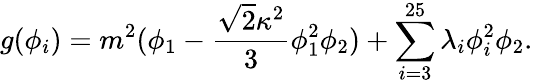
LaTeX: g(\phi_{i})=m^{2}(\phi_{1}-\frac{{\sqrt{2}}\kappa^{2}}{3}\phi_{1}^{2}\phi_{2})+\sum_{i=3}^{25}\lambda_{i}\phi_{i}^{2}\phi_{2}.